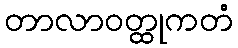
တာလာဝတ္ထုကတံ